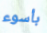
بأسوء